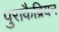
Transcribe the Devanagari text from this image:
पुराकैब्रियन